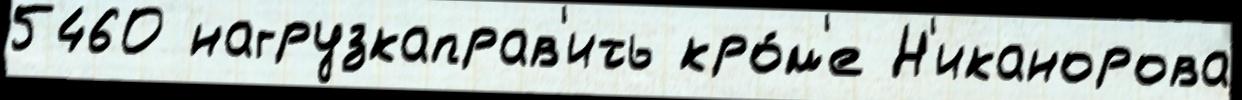
5460 нагрузкаправ'ить кро́м'е Н'иканорова